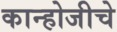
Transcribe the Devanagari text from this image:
कान्होजीचे